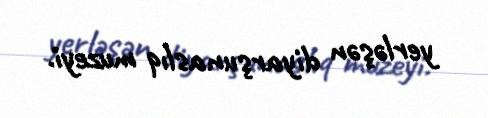
yerləşən diyarşunaslıq muzeyi.